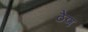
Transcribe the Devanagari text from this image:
ठेण